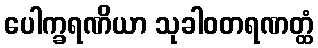
ပေါက္ခရဏိယာ သုခါဝတရဏတ္ထံ